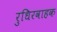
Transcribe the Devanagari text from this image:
रुधिरवाहक